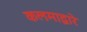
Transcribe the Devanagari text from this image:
कलमाद्वारे